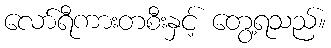
လော်ရီကားတစီးနှင့် တွေ့ရသည်။